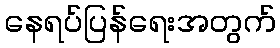
နေရပ်ပြန်ရေးအတွက်